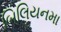
બિલિયનમા